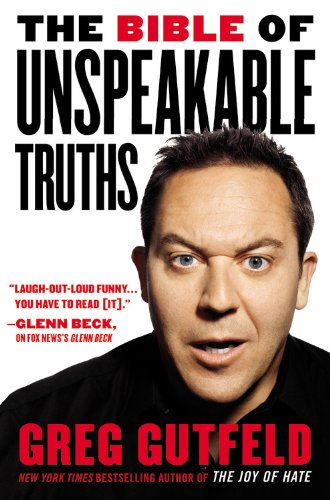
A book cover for The Bible of Unspeakable Truths; Greg Gutfeld; Humor & Entertainment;